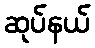
ဆုပ်နယ်